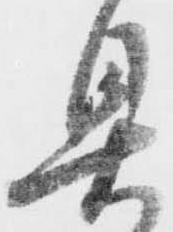
具